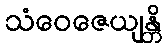
သံဝေဇေယျန္တိ